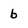
Character: b